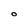
Character: O